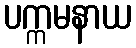
ပက္ကမနာယ